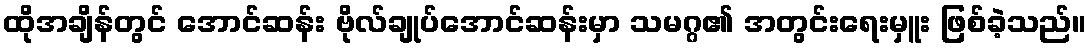
ထိုအချိန်တွင် အောင်ဆန်း ဗိုလ်ချုပ်အောင်ဆန်းမှာ သမဂ္ဂ၏ အတွင်းရေးမှူး ဖြစ်ခဲ့သည်။